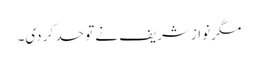
مگر نوازشریف نے تو حد کر دی۔